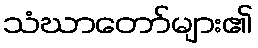
သံဃာတော်များ၏